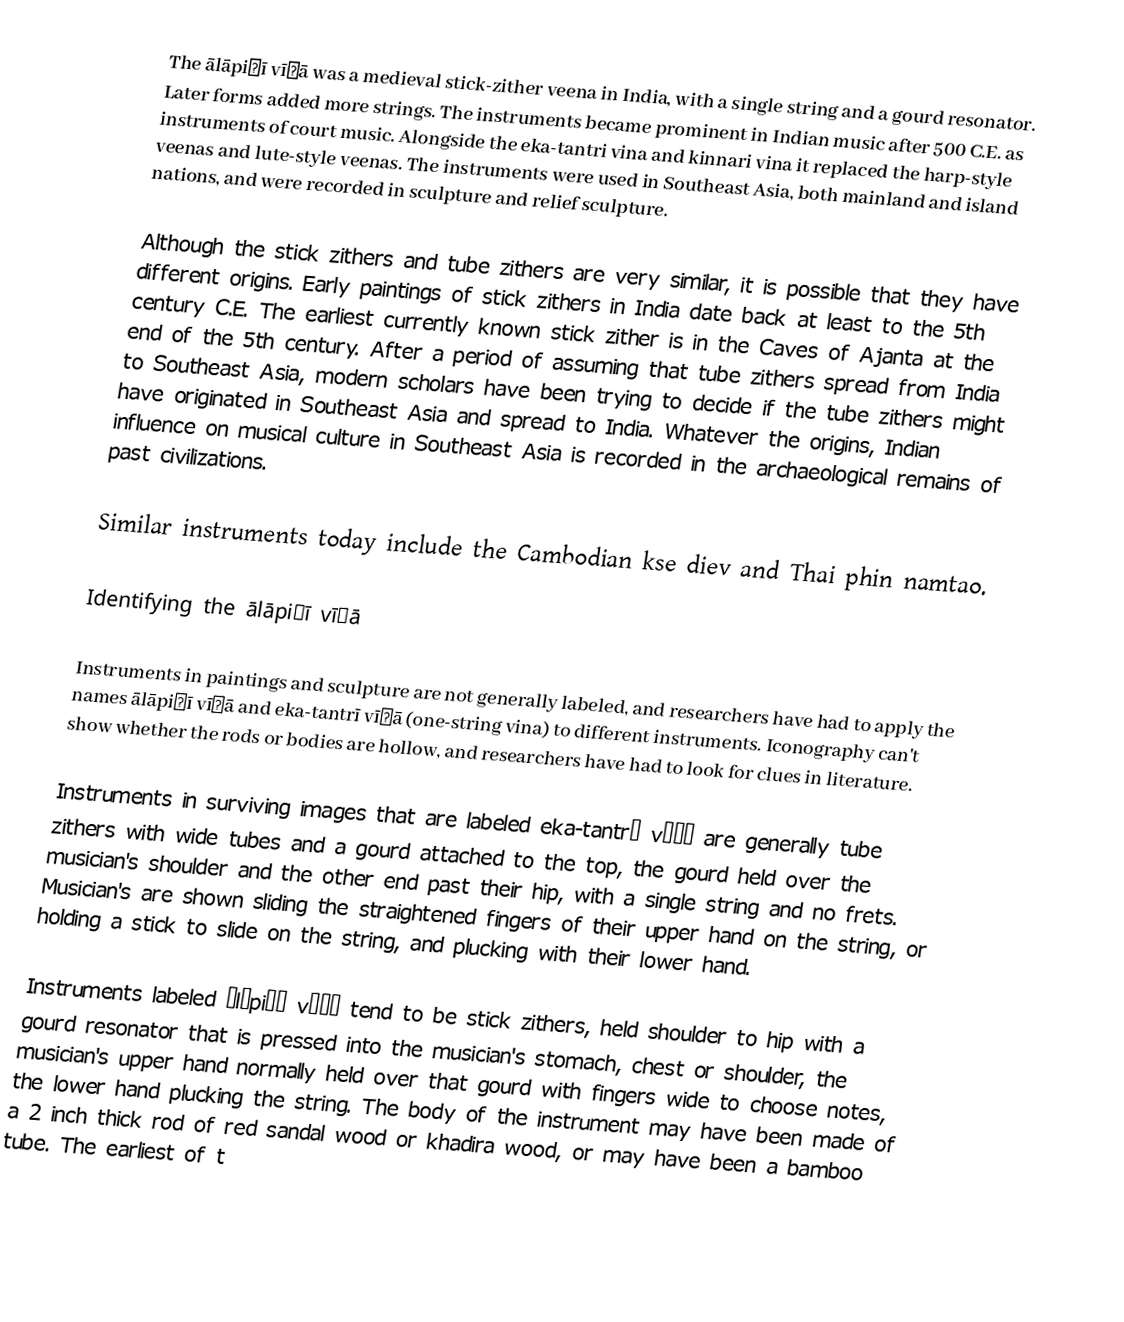
The ālāpiṇī vīṇā was a medieval stick-zither veena in India, with a single string and a gourd resonator. Later forms added more strings. The instruments became prominent in Indian music after 500 C.E. as instruments of court music. Alongside the eka-tantri vina and kinnari vina it replaced the harp-style veenas and lute-style veenas. The instruments were used in Southeast Asia, both mainland and island nations, and were recorded in sculpture and relief sculpture.

Although the stick zithers and tube zithers are very similar, it is possible that they have different origins. Early paintings of stick zithers in India date back at least to the 5th century C.E. The earliest currently known stick zither is in the Caves of Ajanta at the end of the 5th century. After a period of assuming that tube zithers spread from India to Southeast Asia, modern scholars have been trying to decide if the tube zithers might have originated in Southeast Asia and spread to India. Whatever the origins, Indian influence on musical culture in Southeast Asia is recorded in the archaeological remains of past civilizations.

Similar instruments today include the Cambodian kse diev and Thai phin namtao.

Identifying the ālāpiṇī vīṇā

Instruments in paintings and sculpture are not generally labeled, and researchers have had to apply the names ālāpiṇī vīṇā and eka-tantrī vīṇā (one-string vina) to different instruments. Iconography can't show whether the rods or bodies are hollow, and researchers have had to look for clues in literature.

Instruments in surviving images that are labeled eka-tantrī vīṇā are generally tube zithers with wide tubes and a gourd attached to the top, the gourd held over the musician's shoulder and the other end past their hip, with a single string and no frets. Musician's are shown sliding the straightened fingers of their upper hand on the string, or holding a stick to slide on the string, and plucking with their lower hand.

Instruments labeled ālāpiṇī vīṇā tend to be stick zithers, held shoulder to hip with a gourd resonator that is pressed into the musician's stomach, chest or shoulder, the musician's upper hand normally held over that gourd with fingers wide to choose notes, the lower hand plucking the string. The body of the instrument may have been made of a 2 inch thick rod of red sandal wood or khadira wood, or may have been a bamboo tube. The earliest of t